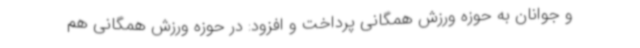
و جوانان به حوزه ورزش همگانی پرداخت و افزود: در حوزه ورزش همگانی هم